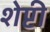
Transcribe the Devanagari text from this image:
शेप्टी